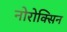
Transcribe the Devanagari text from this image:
नोरोक्सिन